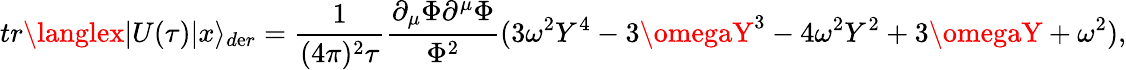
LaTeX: tr\langlex|U(\tau)|x\rangle_{d\mathrm{e}r}=\frac{{1}}{{(4\pi)^{2}\tau}}\frac{{\partial_{\mu}\Phi\partial^{\mu}\Phi}}{{\Phi^{2}}}(3\omega^{2}Y^{4}-3\omegaY^{3}-4\omega^{2}Y^{2}+3\omegaY+\omega^{2}),